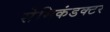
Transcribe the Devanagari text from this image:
सेमिकंडक्टर